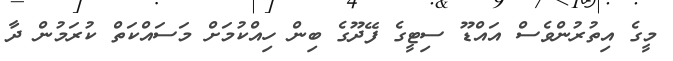
މީގެ އިތުރުންވެސް އައްޑޫ ސިޓީގެ ފޭދޫގެ ބިން ހިއްކުމަށް މަސައްކަތް ކުރަމުން ދާ